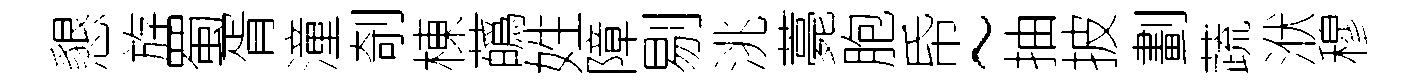
懇斿蜀胥潼剞棟蘤姓障剔洮薧胞帋~抽披劃蔬洑穆